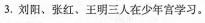
3.刘阳、张红、王明三人在少年宫学习。